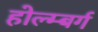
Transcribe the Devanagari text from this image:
होल्म्बर्ग